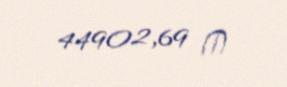
44902,69 ₼